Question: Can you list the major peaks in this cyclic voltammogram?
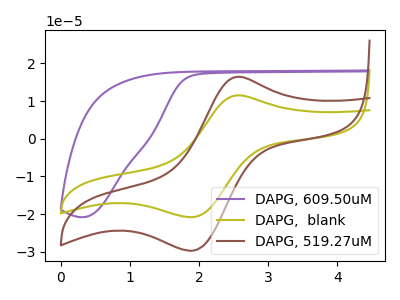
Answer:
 <answer>The purple curve "DAPG, 609.50uM" has no peaks. The olive curve "DAPG,  blank" has an anodic peak at (2.55V, 11.50uA) and a cathodic peak at (1.90V, -20.80uA). The brown curve "DAPG, 519.27uM" has an anodic peak at (2.55V, 16.45uA) and a cathodic peak at (1.90V, -29.65uA).</answer>
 <eval></eval>